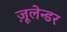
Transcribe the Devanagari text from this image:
ज़ूलेन्डर